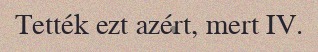
Tették ezt azért, mert IV.